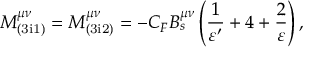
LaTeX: M _ { \mathrm { ( 3 i 1 ) } } ^ { \mu \nu } = M _ { \mathrm { ( 3 i 2 ) } } ^ { \mu \nu } = - C _ { F } B _ { s } ^ { \mu \nu } \left( \frac { 1 } { \varepsilon ^ { \prime } } + 4 + \frac { 2 } { \varepsilon } \right) ,